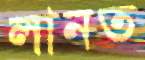
লানত